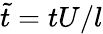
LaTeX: \tilde{t}=tU/l